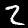
Label: 2